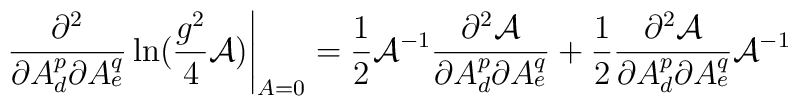
\left.\frac{\partial^2}{\partial A^p_d\partial A^q_e}\ln(\frac{g^2}{4}{\cal A})\right|_{A=0}   =\frac{1}{2}{\cal A}^{-1}\frac{\partial^2{\cal A}}{\partial A^p_d \partial A^q_e}+\frac{1}{2}    \frac{\partial^2{\cal A}}{\partial A^p_d \partial A^q_e}{\cal A}^{-1}